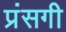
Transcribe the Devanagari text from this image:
प्रंसगी